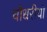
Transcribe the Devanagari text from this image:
चौधरीयों